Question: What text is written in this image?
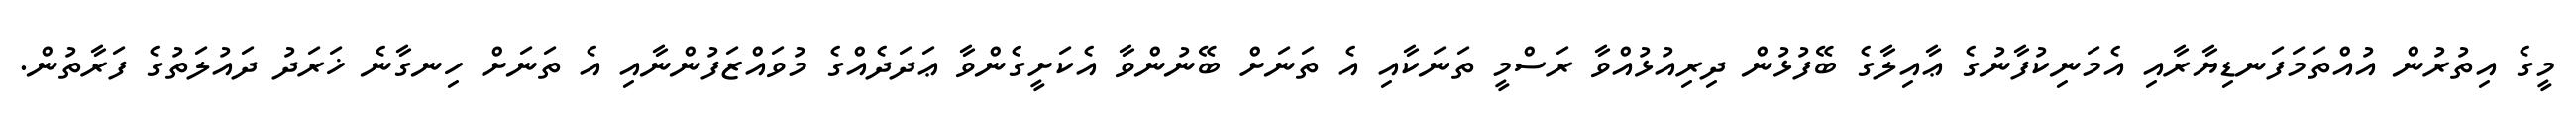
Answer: މީގެ އިތުރުން އުއްތަމަފަނޑިޔާރާއި އެމަނިކުފާނުގެ ޢާއިލާގެ ބޭފުޅުން ދިރިއުޅުއްވާ ރަސްމީ ތަނަކާއި އެ ތަނަށް ބޭނުންވާ އެކަށީގެންވާ ޢަދަދެއްގެ މުވައްޒަފުންނާއި އެ ތަނަށް ހިނގާނެ ޚަރަދު ދައުލަތުގެ ފަރާތުން.